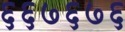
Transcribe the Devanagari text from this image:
६६७६७६